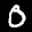
Label: 0